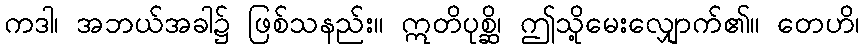
ကဒါ၊ အဘယ်အခါ၌ ဖြစ်သနည်း။ ဣတိပုစ္ဆိ၊ ဤသို့မေးလျှောက်၏။ တေဟိ၊